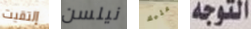
إلتقيت نيلسن عليك التوجه